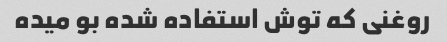
روغنی که توش استفاده شده بو میده